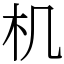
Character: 机